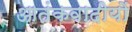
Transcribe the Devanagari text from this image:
आतंकवादीयों